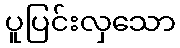
ပူပြင်းလှသော